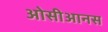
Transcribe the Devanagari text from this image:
ओसीआनस